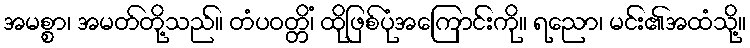
အမစ္စာ၊ အမတ်တို့သည်။ တံပဝတ္တိံ၊ ထိုဖြစ်ပုံအကြောင်းကို။ ရညော၊ မင်း၏အထံသို့။